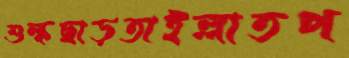
শুল্কছাড়তাইল্লাতপ